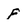
Character: f